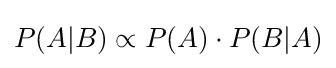
P(A|B)\propto P(A)\cdot P(B|A)